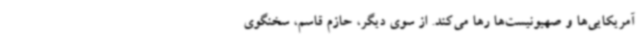
آمریکایی‌ها و صهیونیست‌ها رها می‌کند. از سوی دیگر، حازم قاسم، سخنگوی